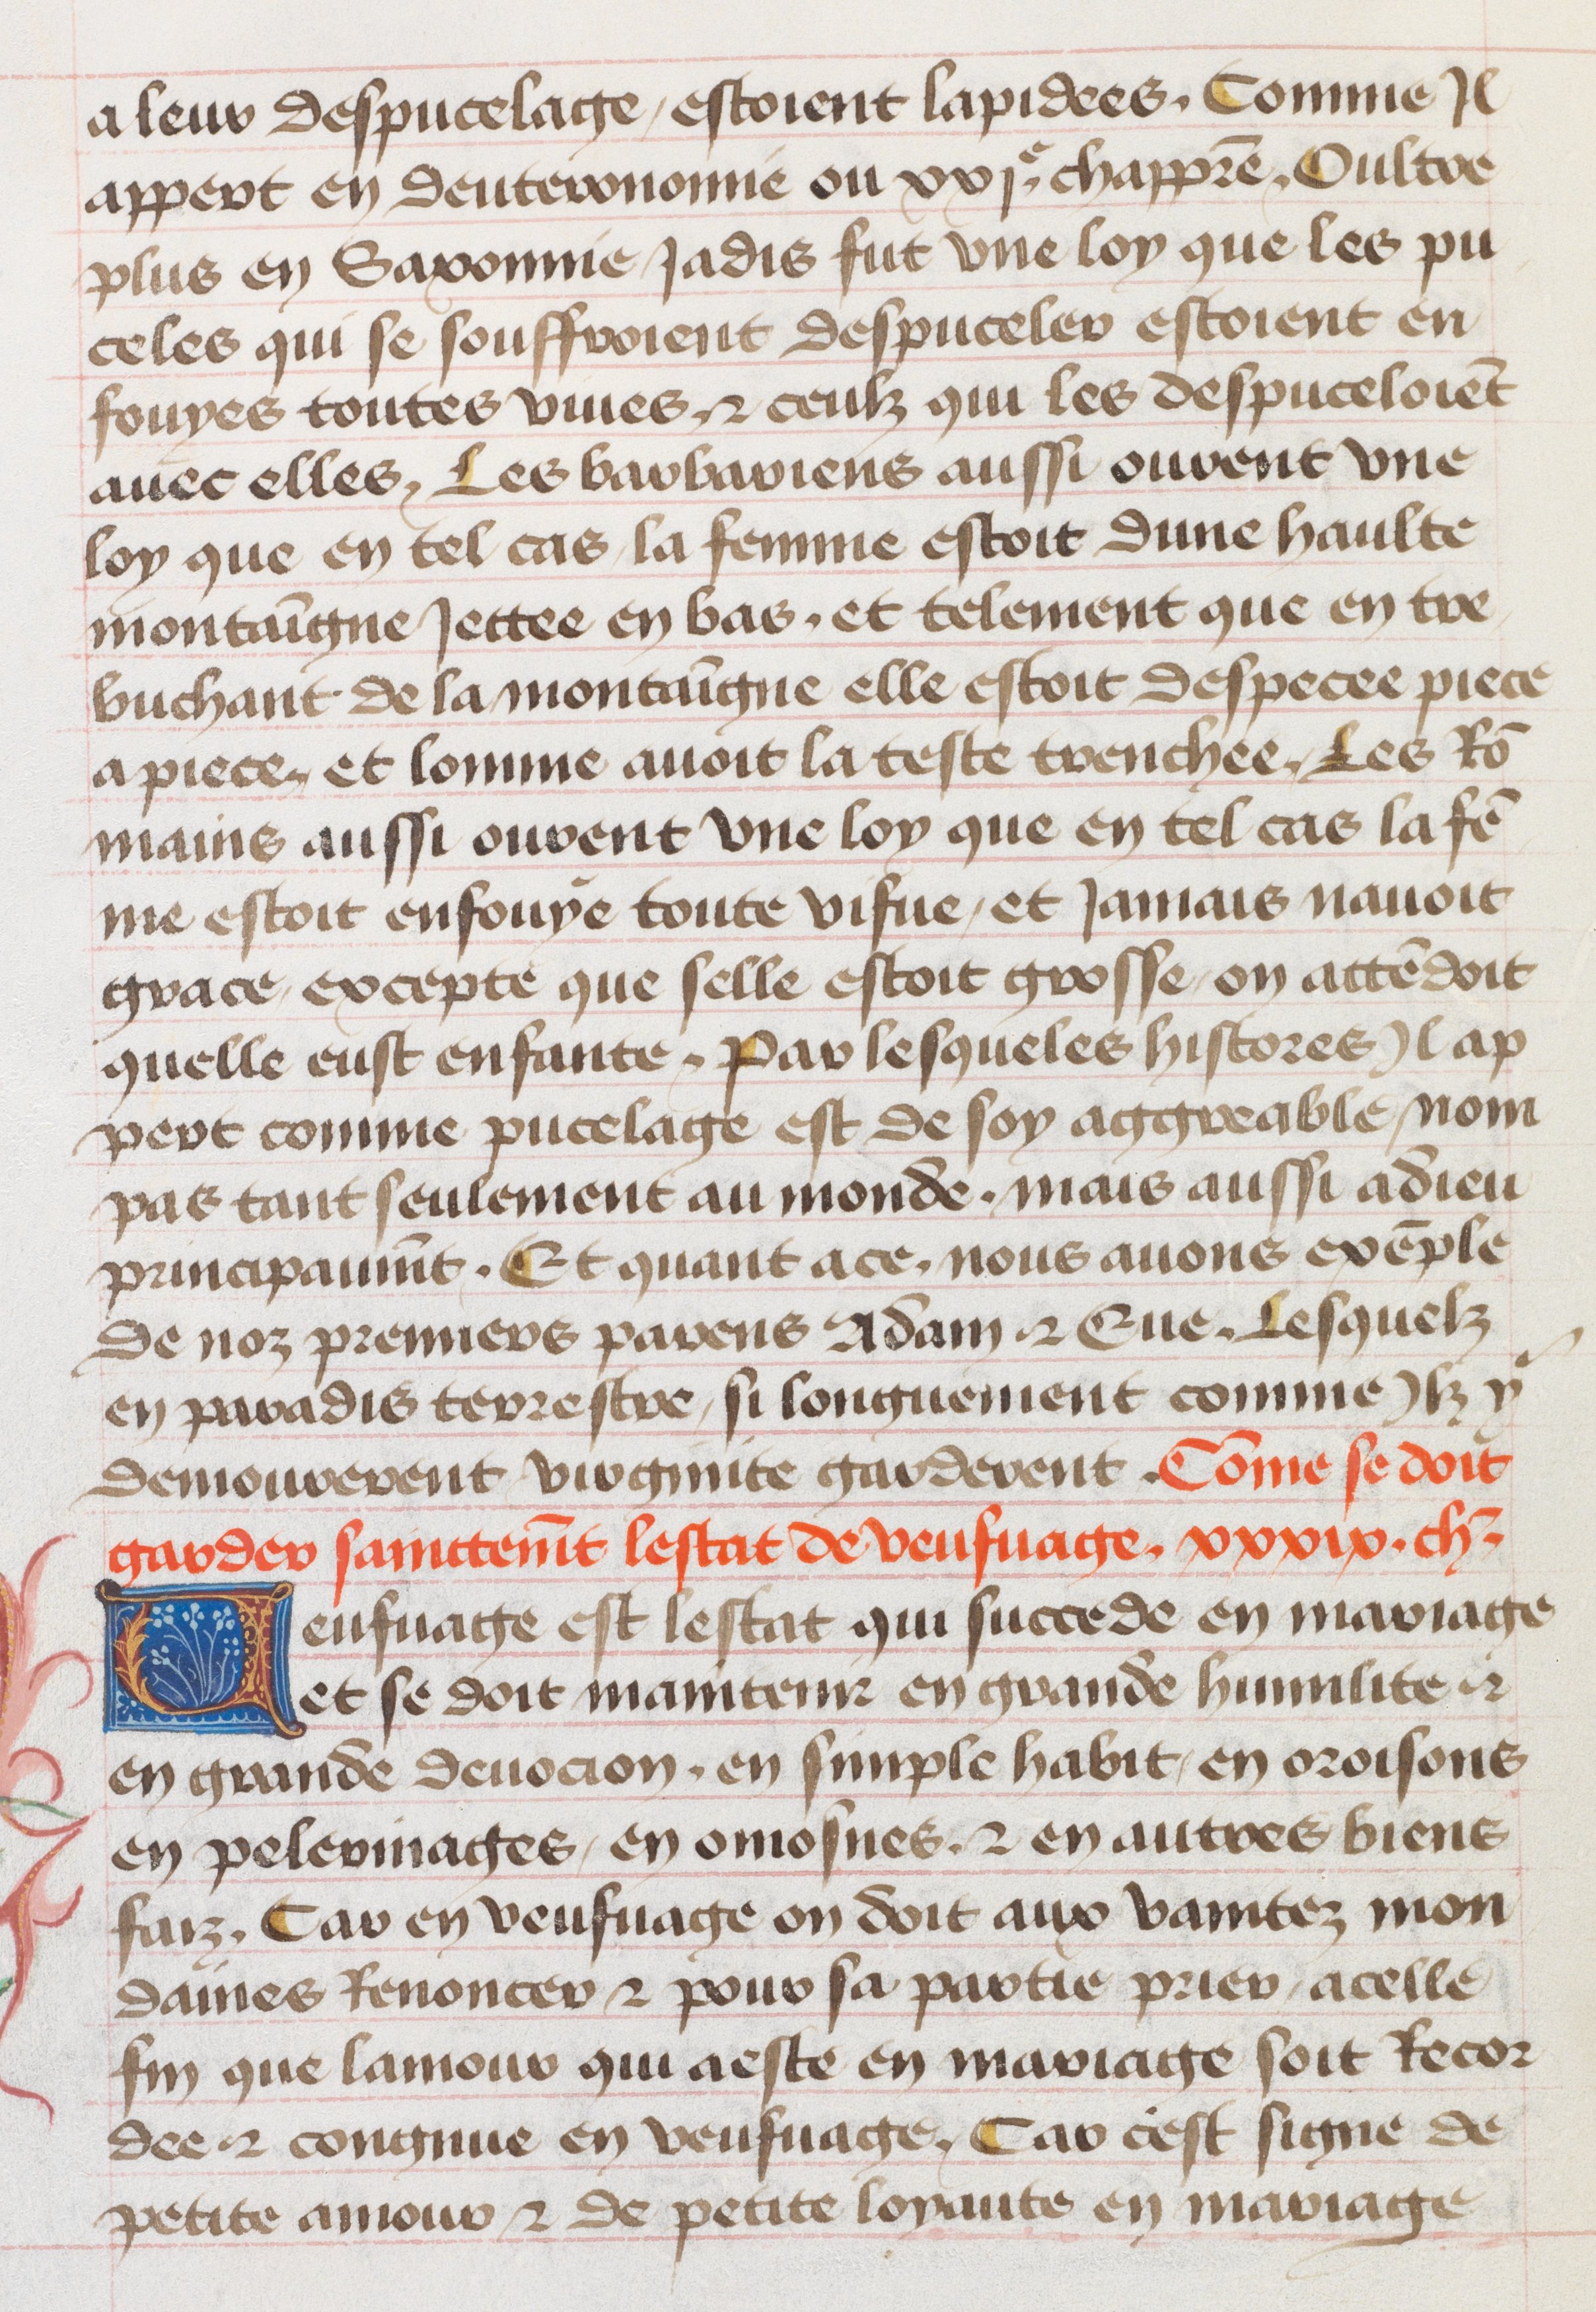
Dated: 1455–1485